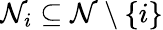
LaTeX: \mathcal{N}_{i}\subseteq\mathcal{N}\setminus\{ i\}